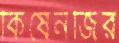
কিষেনজির